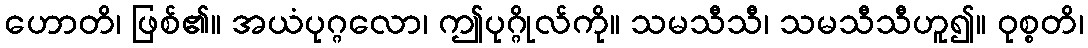
ဟောတိ၊ ဖြစ်၏။ အယံပုဂ္ဂလော၊ ဤပုဂ္ဂိုလ်ကို။ သမသီသီ၊ သမသီသီဟူ၍။ ဝုစ္စတိ၊